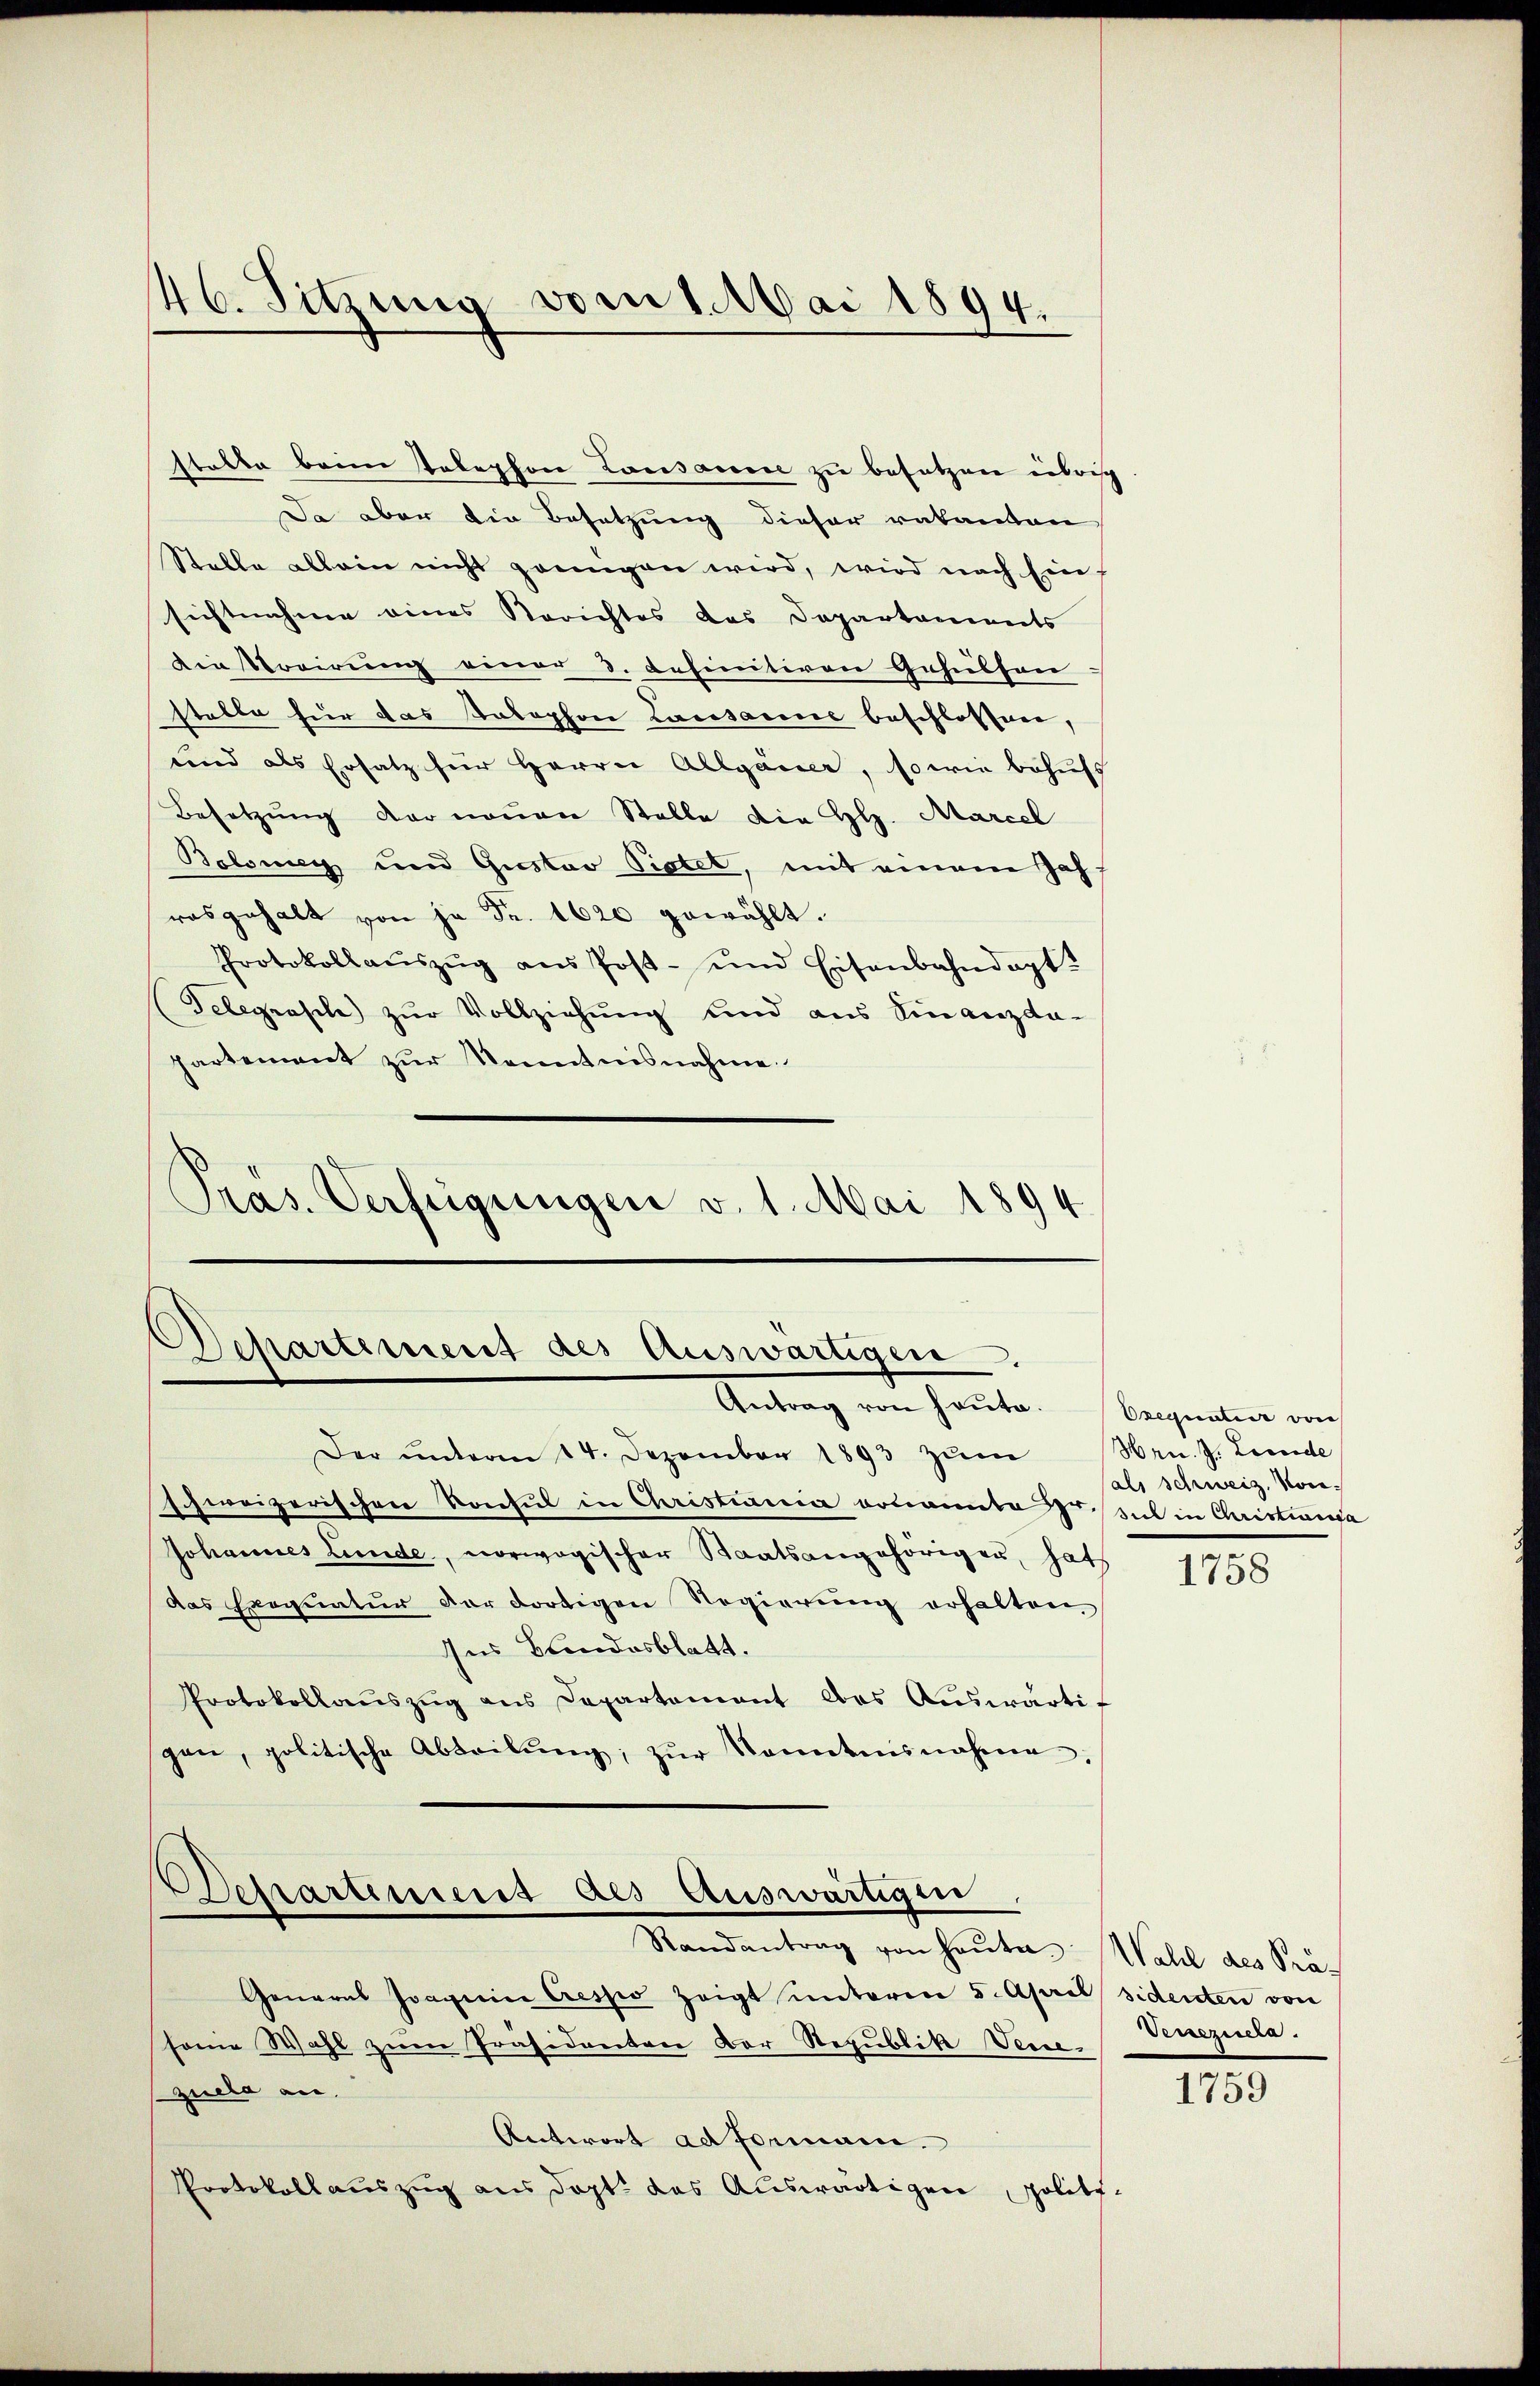
46. Sitzung vom 1. Mai 1894.

stalte beim Telephon Lausanen zu besetzen übrig
Da aber die Besetzung dieser rakanton
Stelle allein nicht zeinigen wird, wird nach Einf
sichtnahme eines Berichtes des Departaments
Die Streirung einer 3. befinitiven Gehülfen
stelle für das Kolophon Lausarene beschlossen,
und als Ersatz für Herrn Allgeier, so wie behufs
Besetzung der neuen Stelle die Hl. Marcel
Bolonig und Gustav Pietet, mit einem Jahrosgehalt von je Fr. 1620 gewählt.
Protokollaŭszŭg ans Post- und Eisenbahndagt?
Telegrasch zŭr Vollziehung und aus Finanzda-
partement zur Kenntnisnahme
Präs. Verfügungen v. 1. Mai 1894.

Departement des Auswärtigen.
Antrag von heute.

Der ŭnterm 14. Dezember 1893 zŭm
schweizerischen Konsul in Christiania bonamte Zusich in Christiania
Johannes Linde, vorwogischer Staatsangehörigen, hat
das Exequatur der dortigen Regierŭng erhalten.
Ins Bandesblatt.
Protokollauszug aus Departement des Auswärti
gen, politische Abteilŭng, zŭr Sonntesnahme
Departement des Auswärtigen
Randantrag von heŭte Wahl des Prä-
General Joannice Cresso zeigt unteren 5. April sidenten von
sonie Wahl zum Präsidierten Der Republik Venezuela an.
Antwort ad Formani.
Protokollauszug aus dort das Auswärtigen, politi¬

Exequatur von
Hrn. J. Leide
(als schweiz. Vor¬

1758

Veneziscla.

1759